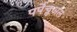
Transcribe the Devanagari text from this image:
पर्पेचुअल